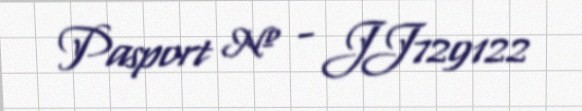
Pasport № - JJ729122